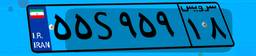
۵۵S۹۵۹۱۸